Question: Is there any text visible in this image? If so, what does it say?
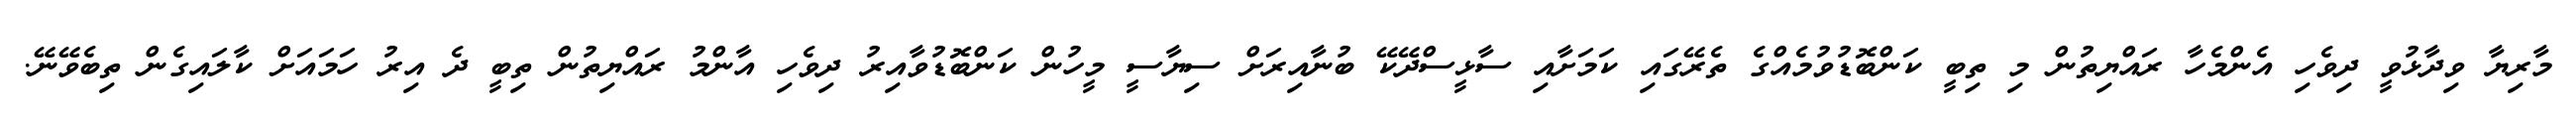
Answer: މާރިޔާ ވިދާޅުވީ ދިވެހި އެންމެހާ ރައްޔިތުން މި ތިބީ ކަންބޮޑުވުމެއްގެ ތެރޭގައި ކަމަށާއި ސާޅީސްދޭކޭ ބުނާއިރަށް ސިޔާސީ މީހުން ކަންބޮޑުވާއިރު ދިވެހި އާންމު ރައްޔިތުން ތިބީ ދެ އިރު ހަމައަށް ކާލައިގެން ތިބެވޭނޭ.